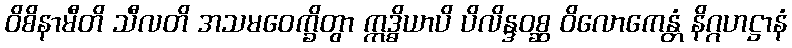
ဝိစိနာမီတိ သီလတိ အသမဝေက္ခိတွာ ဣဒ္ဓိယာပိ ပိလိန္ဒဝစ္ဆ ဝိလောကေန္တံ နိဂ္ဂဟဋ္ဌာနံ